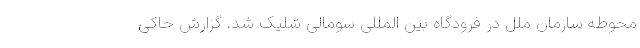
محوطه سازمان ملل در فرودگاه بین المللی سومالی شلیک شد. گزارش حاکی